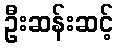
ဦးဆန်းဆင့်